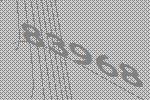
83968